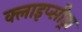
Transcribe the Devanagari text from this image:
क्लाइप्सीड्रा